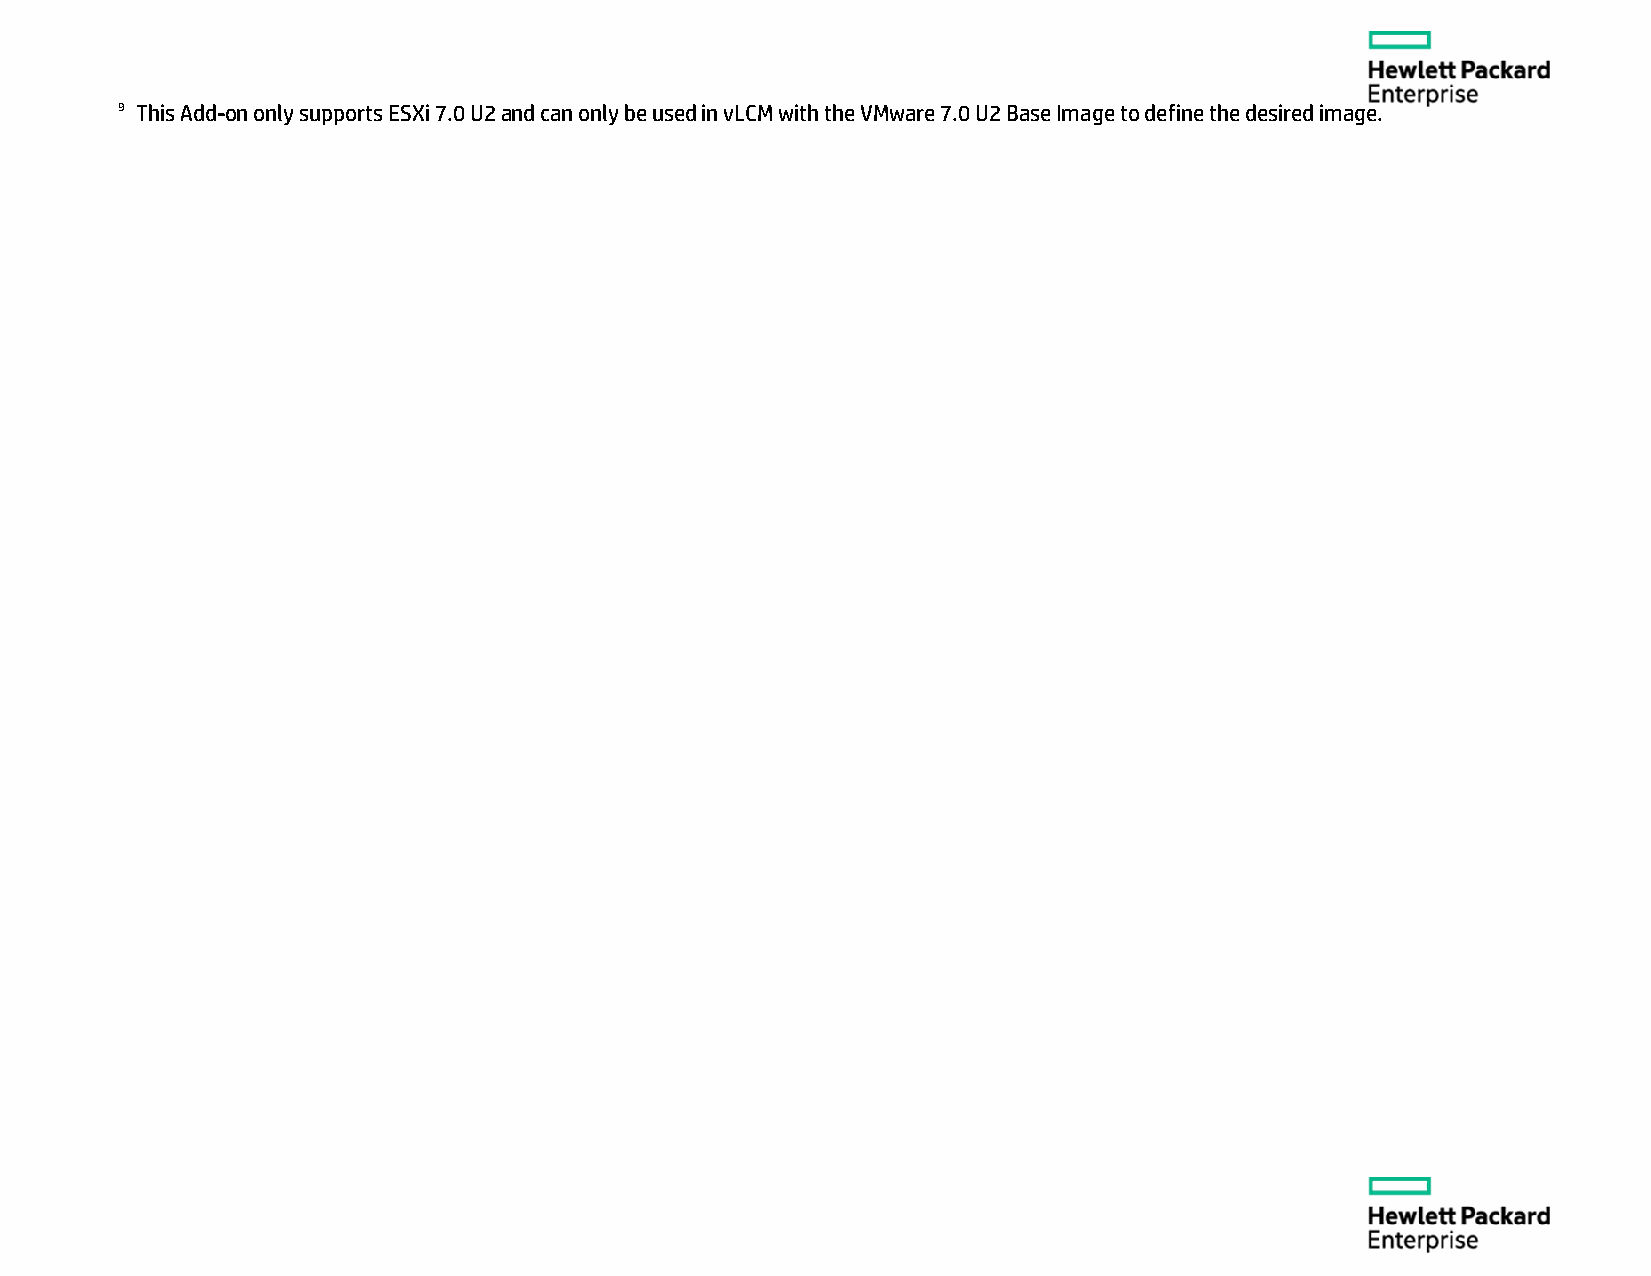
9 This Add-on only supports ESXi 7.0 U2 and can only be used in vLCM with the VMware 7.0 U2 Base Image to define the desired image.